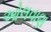
ઓલવાણ